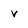
Character: v